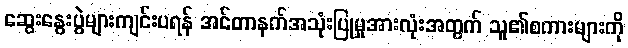
ဆွေးနွေးပွဲများကျင်းပရန် အင်တာနက်အသုံးပြုမှုအားလုံးအတွက် သူ၏စကားများကို